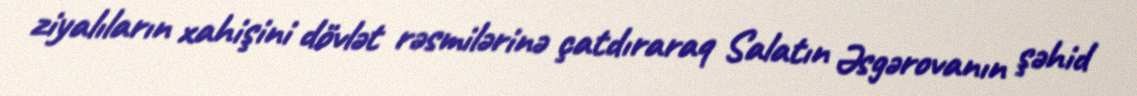
ziyalıların xahişini dövlət rəsmilərinə çatdıraraq Salatın Əsgərovanın şəhid